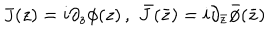
LaTeX: J ( z ) = i \partial _ { z } \phi ( z ) \, , \, \, \bar { J } ( \bar { z } ) = i \partial _ { \bar { z } } \bar { \phi } ( \bar { z } )